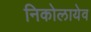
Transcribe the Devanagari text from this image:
निकोलायेव